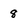
Character: 8